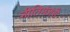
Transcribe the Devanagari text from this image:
नीतिमंजरी